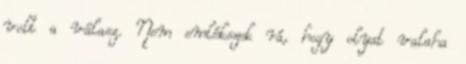
volt a válasz. Nem emlékszek rá, hogy olyat valaha